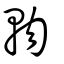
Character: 𨋊